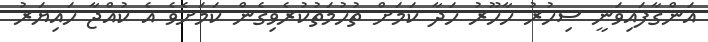
އަންގާފައިވަނީ ސިހުރު ހާހޫރު ހަދާ ކަމަށް ތުހުމަތުކުރެވިގެން ކަމަށެވެ އެ ކުއްޖާ ހައިޔަރު